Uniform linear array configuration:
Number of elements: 64
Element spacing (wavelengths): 0.5
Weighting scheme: hamming
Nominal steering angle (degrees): -30
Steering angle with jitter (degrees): -29.305
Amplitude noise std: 0.05
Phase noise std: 0.05

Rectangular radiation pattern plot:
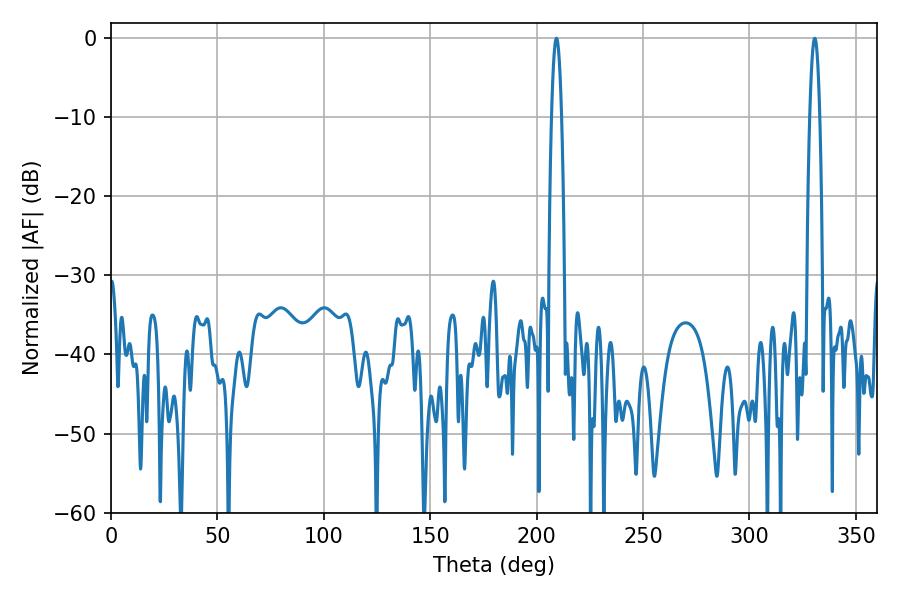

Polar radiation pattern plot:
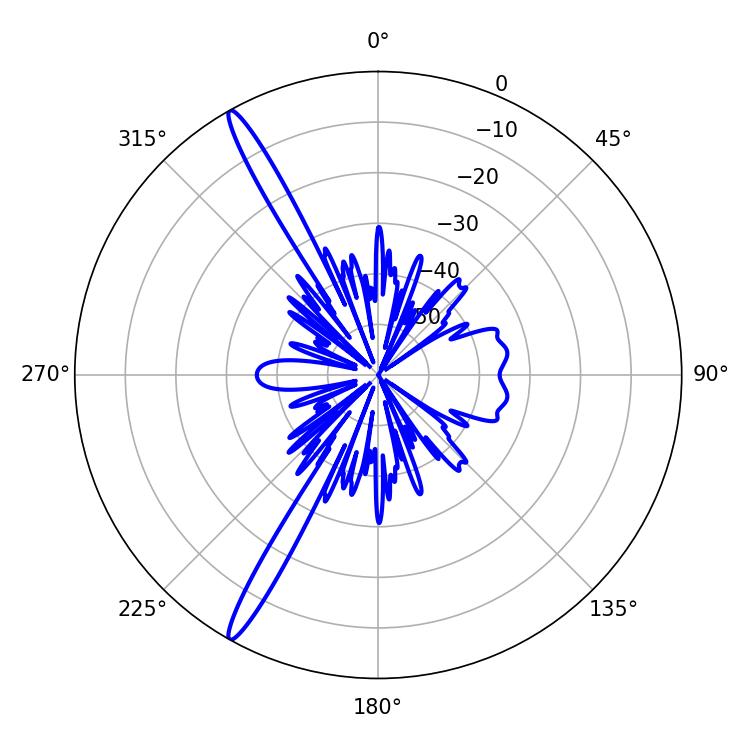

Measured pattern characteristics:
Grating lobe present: FALSE
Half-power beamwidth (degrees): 2.52
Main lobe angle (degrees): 330.66